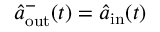
\hat { a } _ { \mathrm { o u t } } ^ { - } ( t ) = \hat { a } _ { \mathrm { i n } } ( t )